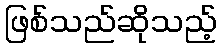
ဖြစ်သည်ဆိုသည့်